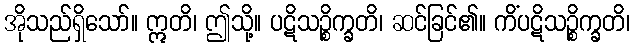
အိုသည်ရှိသော်။ ဣတိ၊ ဤသို့။ ပဋိသဉ္စိက္ခတိ၊ ဆင်ခြင်၏။ ကိံပဋိသဉ္စိက္ခတိ၊